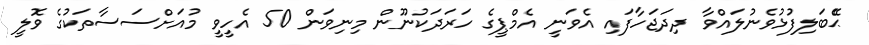
ޙެޭބަލިފުޅުވެނުލައްވާ ދިދަޖަހާފައި އެވަނީ އެމްޕީގެ ހަރަދަކުނޫން މިނިވަން 50 އެހީވީ މުއަށްސަސާތަކުގެ ވޮލީ